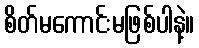
စိတ်မကောင်းမဖြစ်ပါနဲ့။